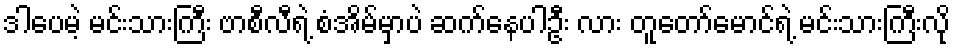
ဒါပေမဲ့ မင်းသားကြီး ဗာစီလီရဲ့ စံအိမ်မှာပဲ ဆက်နေပါဦး လား တူတော်မောင်ရဲ့ မင်းသားကြီးလို